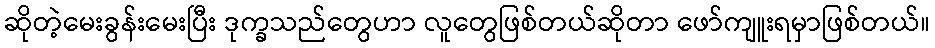
ဆိုတဲ့မေးခွန်းမေးပြီး ဒုက္ခသည်တွေဟာ လူတွေဖြစ်တယ်ဆိုတာ ဖော်ကျူးရမှာဖြစ်တယ်။